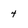
Character: 4